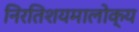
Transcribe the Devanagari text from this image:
निरतिशयमालोक्य